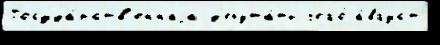
Госуда́рств'еннаjа д'епута́ты чего́ а́вгуст